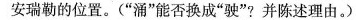
安瑞勒的位置。(”涌”能否换成”驶”?并陈述理由。)